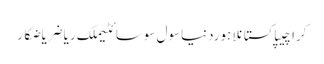
کراچیپاکستانلاہوردنیاسول سوسائٹیملک ریاضریاضکار